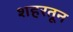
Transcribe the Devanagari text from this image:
शहरतून